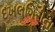
દખલગિરીના